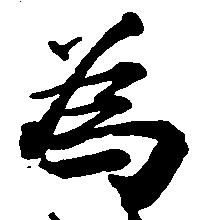
為